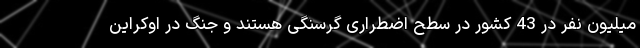
میلیون نفر در 43 کشور در سطح اضطراری گرسنگی هستند و جنگ در اوکراین